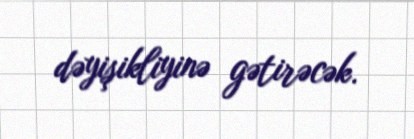
dəyişikliyinə gətirəcək.